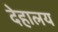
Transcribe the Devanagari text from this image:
देहालय